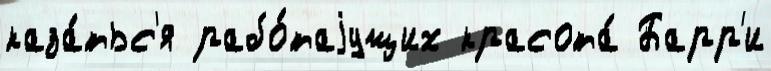
каза́тьс'я рабо́таjущих красота́ Барр'и